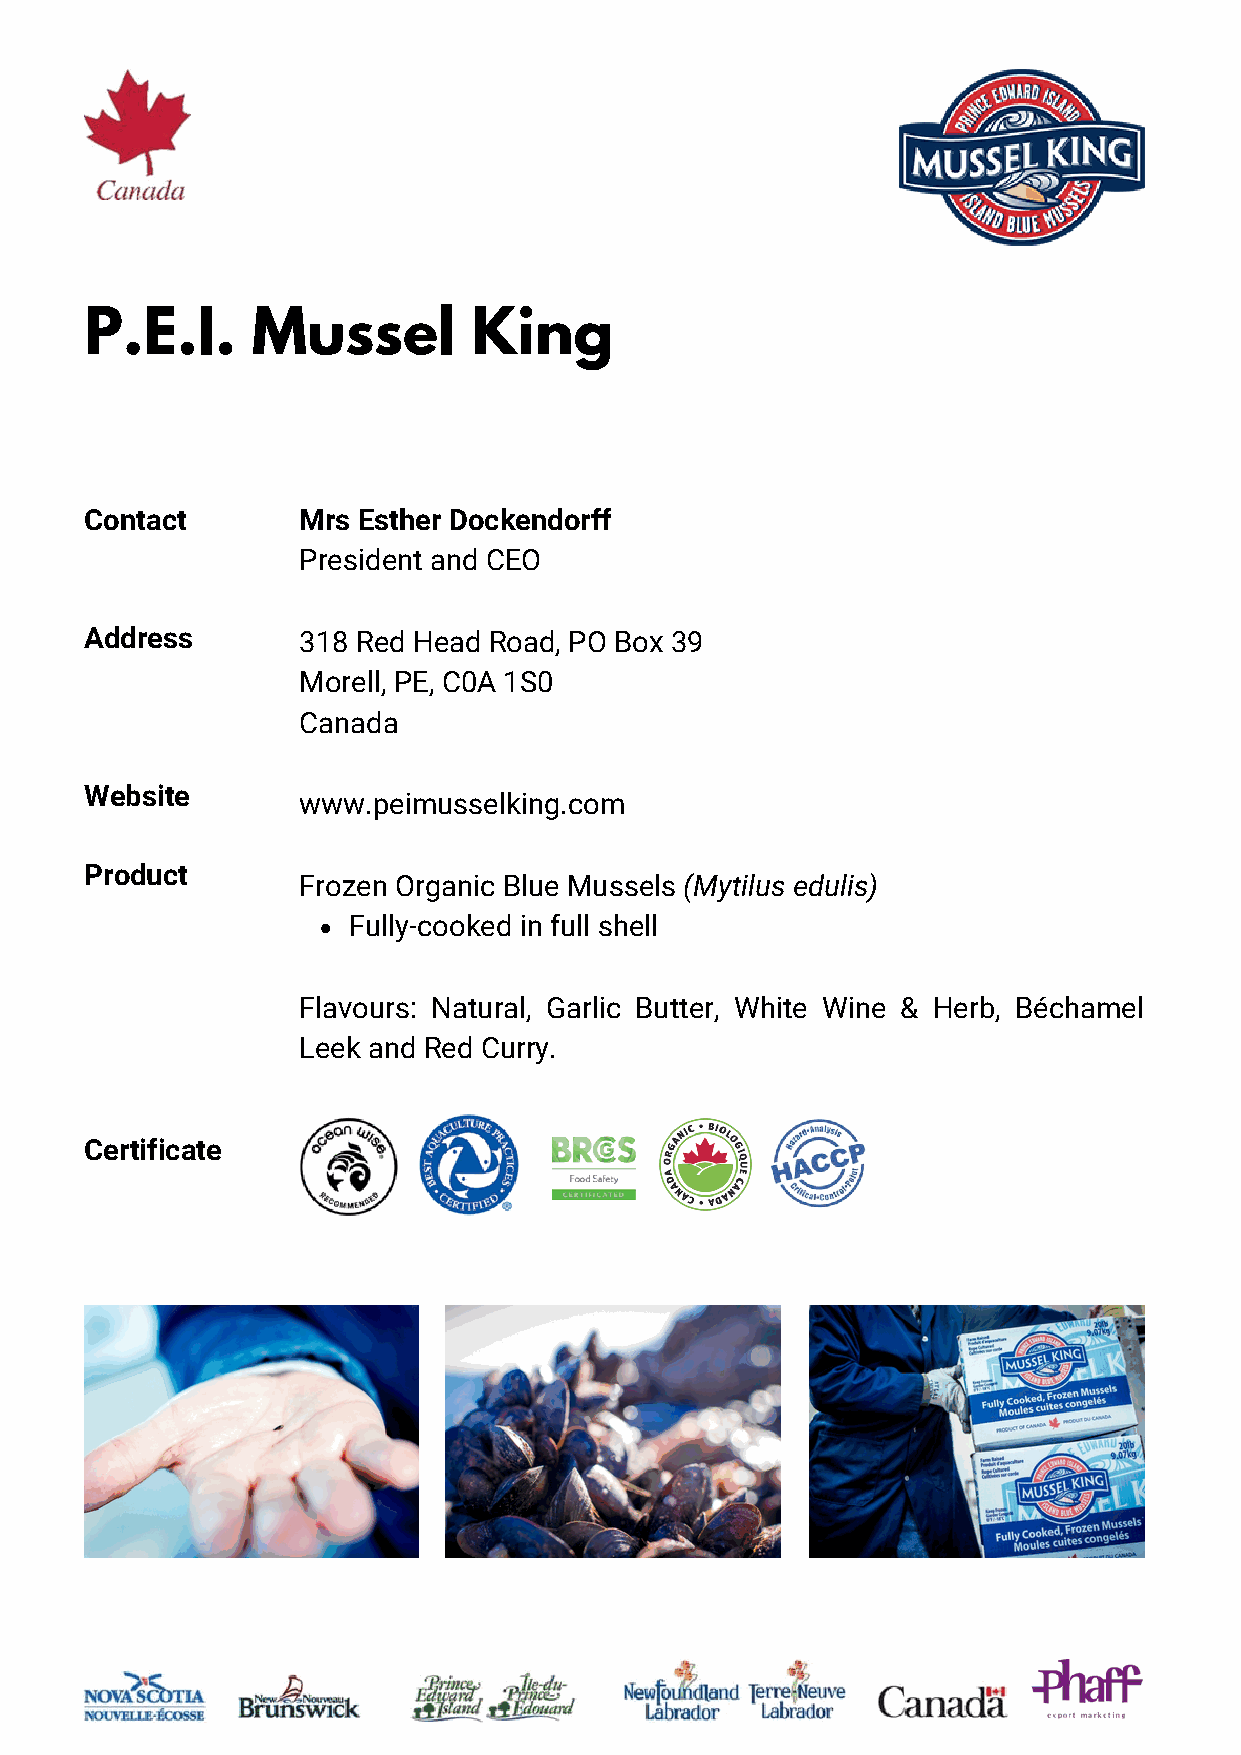
P.E.I.     Mussel        King
 Contact       Mrs Esther Dockendorff
 President and CEO
 Address       318 Red Head Road, PO Box 39
 Morell, PE, C0A 1S0
 Canada
 Website
 www.peimusselking.com
 Product
 Frozen Organic Blue Mussels (Mytilus edulis)
 Fully-cooked in full shell
 Flavours: Natural, Garlic Butter, White Wine & Herb, Béchamel
 Leek and Red Curry.
 Certificate